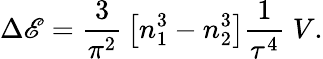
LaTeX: \Delta\mathscr{E}={\frac{{3}}{{\pi^{2}}}}\left[n_{1}^{3}-n_{2}^{3}\right]{\frac{{1}}{{\tau^{4}}}}\; V.